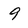
Character: 9